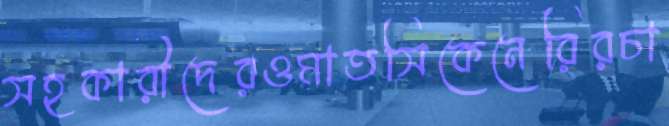
সহকারীদেরওমাতসিকেনেরিরচা